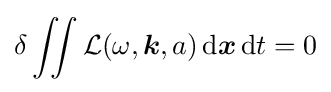
\delta \iint {\mathcal {L}}(\omega ,{\boldsymbol {k}},a)\,{\text{d}}{\boldsymbol {x}}\,{\text{d}}t=0